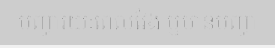
បញ្ហារយៈពេលវែង ឬមានបញ្ហា